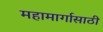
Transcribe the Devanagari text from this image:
महामार्गासाठी